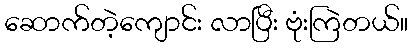
ဆောက်တဲ့ကျောင်း လာပြီး ဗုံးကြဲတယ်။